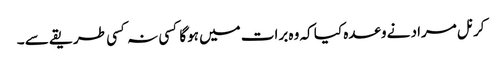
کرنل مراد نے وعدہ کیا کہ وہ برات میں ہوگا کسی نہ کسی طریقے سے ۔